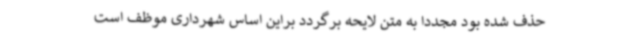
حذف شده بود مجددا به متن لایحه برگردد براین اساس شهرداری موظف است